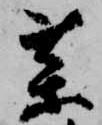
薬